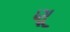
ણૂ